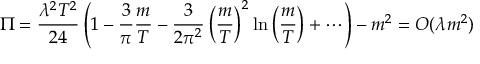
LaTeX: \Pi = { \frac { \lambda ^ { 2 } T ^ { 2 } } { 2 4 } } \left( 1 - { \frac { 3 } { \pi } } { \frac { m } { T } } - { \frac { 3 } { 2 \pi ^ { 2 } } } \left( { \frac { m } { T } } \right) ^ { 2 } \ln \left( { \frac { m } { T } } \right) + \cdots \right) - m ^ { 2 } = { \cal O } ( \lambda m ^ { 2 } )